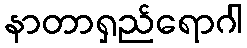
နာတာရှည်ရောဂါ